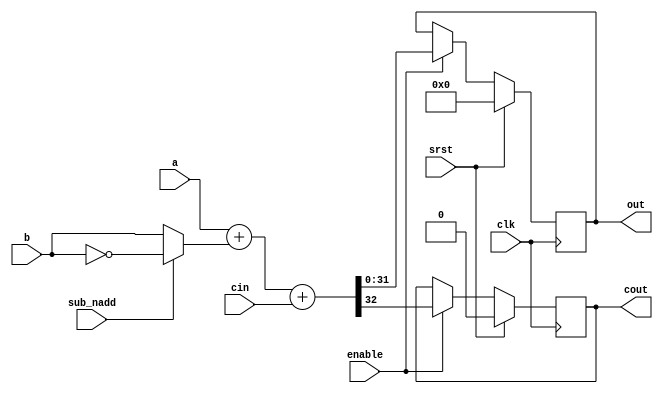
//                              -*- Mode: Verilog -*-
// Description     : Adder with carry in/out
// Last Modified By: Christophe Clienti
// Update Count    : 0
// Status          : Unknown, Use with caution!
// Copyright (C) 2013-2016 Christophe Clienti - All Rights Reserved

`timescale 1 ns / 100 ps

module adderc
  #(parameter IS_REG_OUT = 1,
    parameter WIDTH      = 32)

   (input wire             clk, srst, enable,
    input wire             sub_nadd, cin,
    input wire [WIDTH-1:0] a, b,
    output reg [WIDTH-1:0] out,
    output reg             cout);



   wire [WIDTH:0]     adder_a, adder_b;
   wire [WIDTH:0]     adder_out;
   wire               adder_cout;

   assign adder_a = {1'b0, a};
   assign adder_b = {1'b0, (sub_nadd) ? ~b : b};
   assign adder_out = adder_a + adder_b + {{WIDTH{1'b0}}, cin};


   generate
      if(IS_REG_OUT != 0) begin
         always @ (posedge clk) begin
            if(srst == 1'b1) begin
               out  <= 0;
               cout <= 0;
            end else if(enable == 1'b1) begin
               out  <= adder_out[WIDTH-1:0];
               cout <= adder_out[WIDTH];
            end
         end
      end else begin
         always @(*) begin
            out  = adder_out[WIDTH-1:0];
            cout = adder_out[WIDTH];
         end
      end
   endgenerate

endmodule // adderc